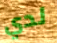
لدي